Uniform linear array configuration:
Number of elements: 32
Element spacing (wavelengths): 0.25
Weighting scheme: hamming
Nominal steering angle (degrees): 60
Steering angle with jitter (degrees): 61.577
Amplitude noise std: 0.05
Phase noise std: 0.05

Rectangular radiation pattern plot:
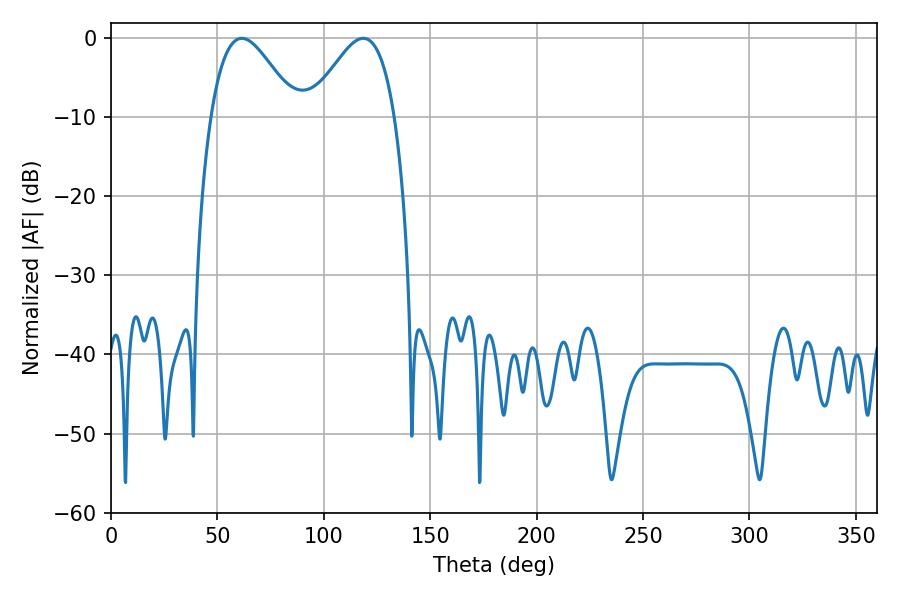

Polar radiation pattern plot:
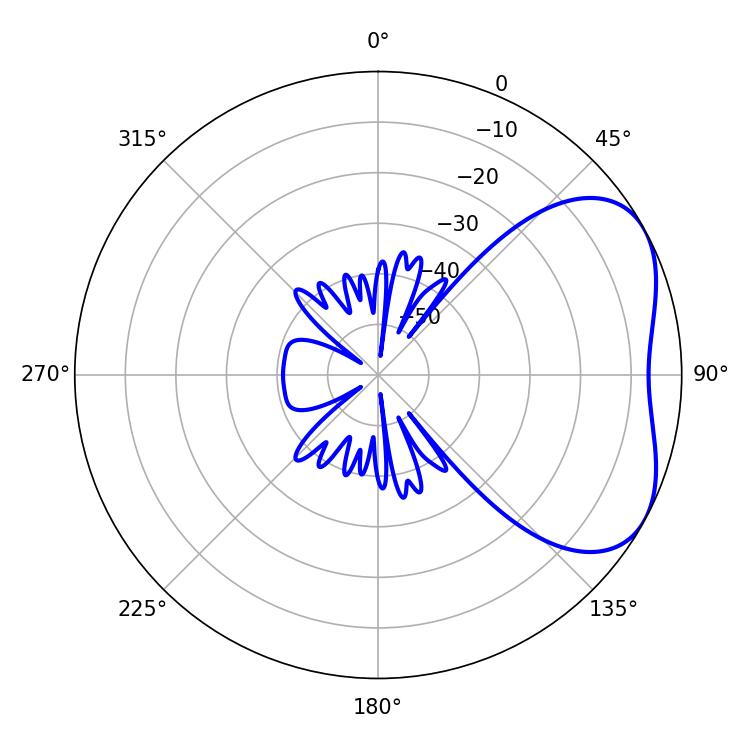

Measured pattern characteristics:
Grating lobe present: FALSE
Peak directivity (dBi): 4.27
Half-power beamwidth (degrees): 21.42
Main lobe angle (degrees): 61.38